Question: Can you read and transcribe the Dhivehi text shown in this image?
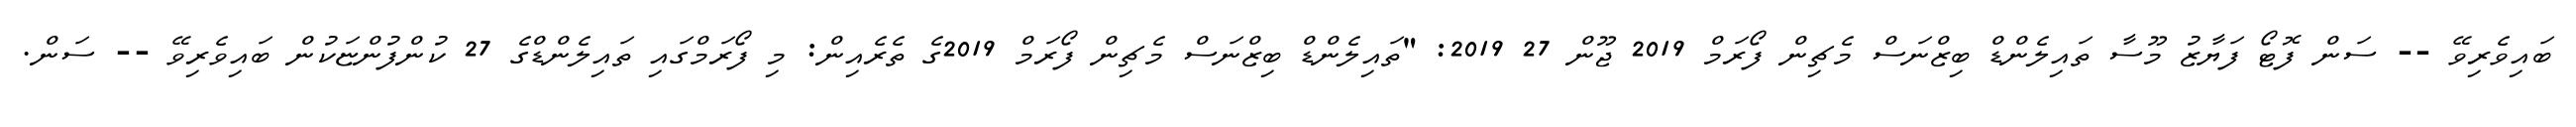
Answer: ބައިވެރިވޭ -- ސަން ފޮޓޯ ފަޔާޒު މޫސާ ތައިލެންޑް ބިޒްނަސް މެޗިން ފޯރަމް 2019 ޖޫން 27 2019: "ތައިލެންޑް ބިޒްނަސް މެޗިން ފޯރަމް 2019ގެ ތެރެއިން: މި ފޯރަމްގައި ތައިލެންޑްގެ 27 ކުންފުންޏަކުން ބައިވެރިވޭ -- ސަން.